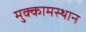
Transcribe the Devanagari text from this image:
मुक्कामस्थान